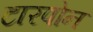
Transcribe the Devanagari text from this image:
टारपोन